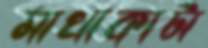
মাথাকাটা